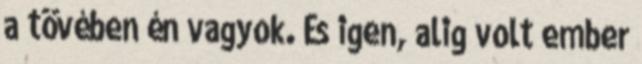
a tövében én vagyok. És igen, alig volt ember